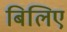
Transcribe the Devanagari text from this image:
बिलिए